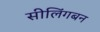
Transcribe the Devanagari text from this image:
सीलिंगबन